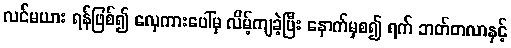
လင်မယား ရန်ဖြစ်၍ လှေကားပေါ်မှ လိမ့်ကျခဲ့ပြီး နောက်မှစ၍ ရက် ဘတ်တလာနှင့်